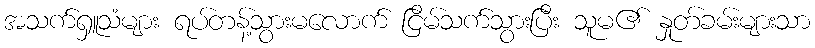
အသက်ရှူသံများ ရပ်တန့်သွားမလောက် ငြိမ်သက်သွားပြီး သူမ၏ နှုတ်ခမ်းများသာ